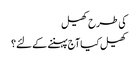
کی طرح کھیل
کھیل کیا آج پہننے کے لئے؟